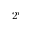
2 ^ { i }